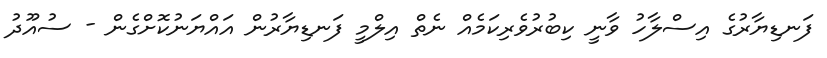
ފަނޑިޔާރުގެ އިސްލާހު ވާނީ ކިބުރުވެރިކަމެއް ނެތް އިލްމީ ފަނޑިޔާރުން އައްޔަނުކޮށްގެން - ސުއޫދު